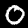
Label: 0